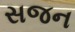
સજન